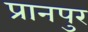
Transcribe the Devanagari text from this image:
प्रानपुर